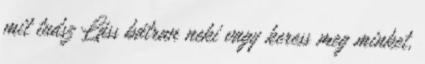
mit tudsz Láss bátran neki vagy keress meg minket,